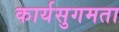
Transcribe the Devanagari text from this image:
कार्यसुगमता